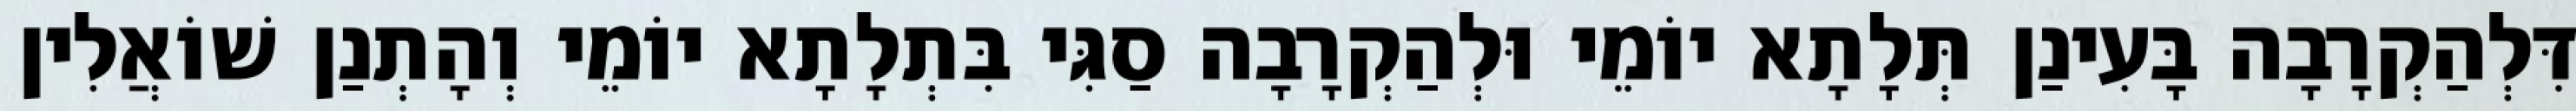
דִּלְהַקְרָבָה בָּעִינַן תְּלָתָא יוֹמֵי וּלְהַקְרָבָה סַגִּי בִּתְלָתָא יוֹמֵי וְהָתְנַן שׁוֹאֲלִין